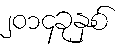
၂၀၁၄ခုနှစ်